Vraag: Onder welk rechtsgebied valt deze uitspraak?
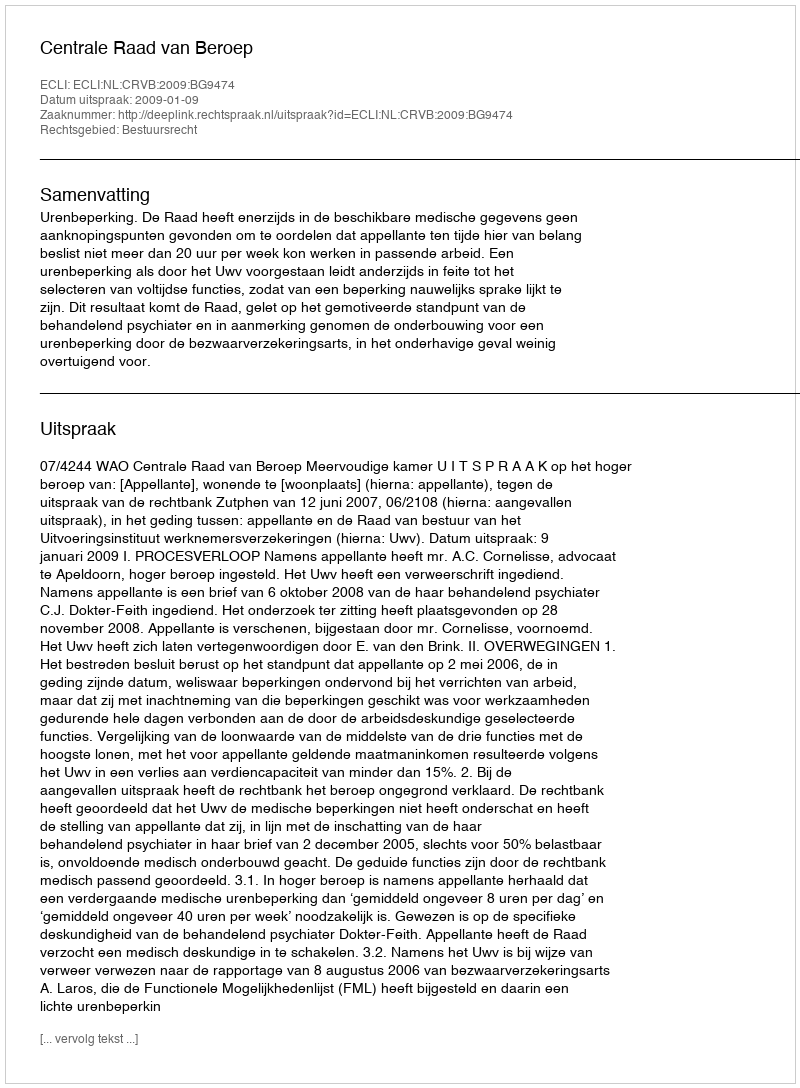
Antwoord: Bestuursrecht